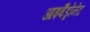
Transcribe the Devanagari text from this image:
आइबैंड्रोनेट